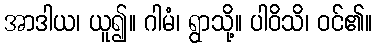
အာဒါယ၊ ယူ၍။ ဂါမံ၊ ရွာသို့။ ပါဝိသိ၊ ဝင်၏။